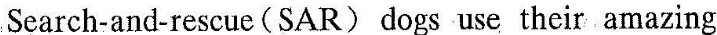
Search-and-rescue(SAR) dogs use their amazing